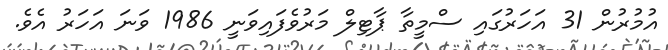
އުމުރުން 31 އަހަރުގައި ސްމީތާ ޕާޓިލް މަރުވެފައިވަނީ 1986 ވަަނަ އަހަރު އެވެ.